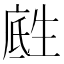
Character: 𪽅